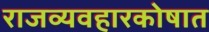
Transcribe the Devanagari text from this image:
राजव्यवहारकोषात